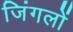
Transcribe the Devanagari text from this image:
जिंगलों